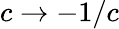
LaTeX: c\rightarrow-1/c